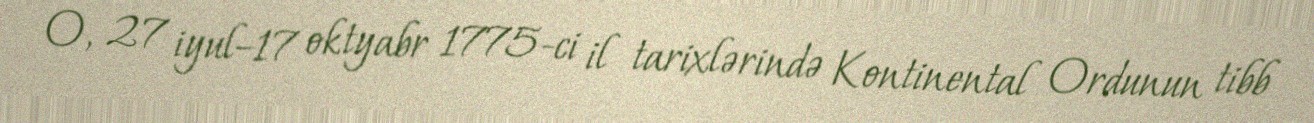
O, 27 iyul–17 oktyabr 1775-ci il tarixlərində Kontinental Ordunun tibb